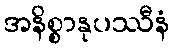
အနိစ္စာနုပဿီနံ